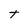
Character: t